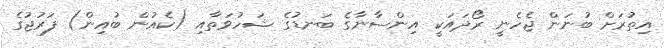
އިތުރަށް ބުނަން ޖެހެނީ ރޯދައަކީ އިންސާނާގެ ބަނޑުގެ ޝަހުވަތާއި (ކެއުން ބުއިން) ފަރުޖުގެ